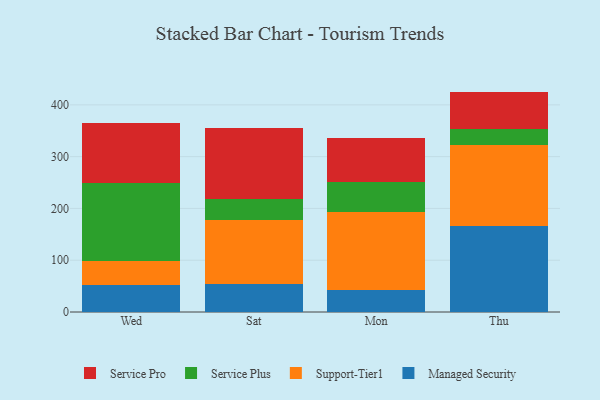
{"axis": {"x": "Day", "y": "Humidity (%)"}, "legend": ["Managed Security", "Service Plus", "Service Pro", "Support-Tier1"], "data": [{"x": "Wed", "y": 51.5, "type": "Managed Security"}, {"x": "Wed", "y": 47.2, "type": "Support-Tier1"}, {"x": "Wed", "y": 150.4, "type": "Service Plus"}, {"x": "Wed", "y": 115.6, "type": "Service Pro"}, {"x": "Sat", "y": 53.9, "type": "Managed Security"}, {"x": "Sat", "y": 124.6, "type": "Support-Tier1"}, {"x": "Sat", "y": 40.0, "type": "Service Plus"}, {"x": "Sat", "y": 136.9, "type": "Service Pro"}, {"x": "Mon", "y": 42.6, "type": "Managed Security"}, {"x": "Mon", "y": 151.1, "type": "Support-Tier1"}, {"x": "Mon", "y": 57.1, "type": "Service Plus"}, {"x": "Mon", "y": 84.6, "type": "Service Pro"}, {"x": "Thu", "y": 166.2, "type": "Managed Security"}, {"x": "Thu", "y": 155.5, "type": "Support-Tier1"}, {"x": "Thu", "y": 30.8, "type": "Service Plus"}, {"x": "Thu", "y": 73.1, "type": "Service Pro"}]}